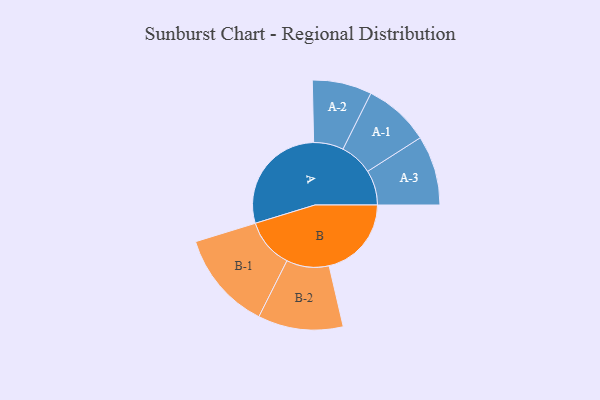
{"axis": {"x": "Segment", "y": "Value"}, "legend": ["", "A", "B"], "data": [{"x": "A", "y": 487, "type": ""}, {"x": "B", "y": 354, "type": ""}, {"x": "A-1", "y": 142, "type": "A"}, {"x": "A-2", "y": 128, "type": "A"}, {"x": "A-3", "y": 150, "type": "A"}, {"x": "B-1", "y": 213, "type": "B"}, {"x": "B-2", "y": 183, "type": "B"}]}